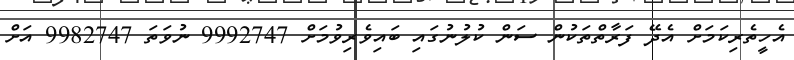
އެހީތެރިކަމަށް އެދޭ ފަރާތްތަކުން ސަން ކުލުނުގައި ބައިވެރިވުމަށް 9992747 ނުވަތަ 9982747 އަށް